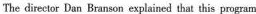
The direetor Dan Branscn explained that this progam